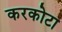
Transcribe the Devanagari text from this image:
करकोटा